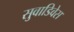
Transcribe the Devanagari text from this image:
सुवाडिवेस